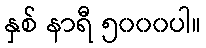
နှစ် နာရီ ၅၀၀၀ပါ။